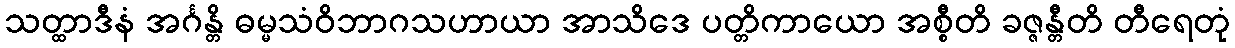
သတ္ထာဒီနံ အင်္ဂန္တိ ဓမ္မသံဝိဘာဂသဟာယာ အာသိဒေ ပတ္တိကာယော အစ္စီတိ ခဇ္ဇန္တီတိ တီရေတုံ